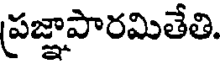
ప్రజ్ఞాపారమితేతి.